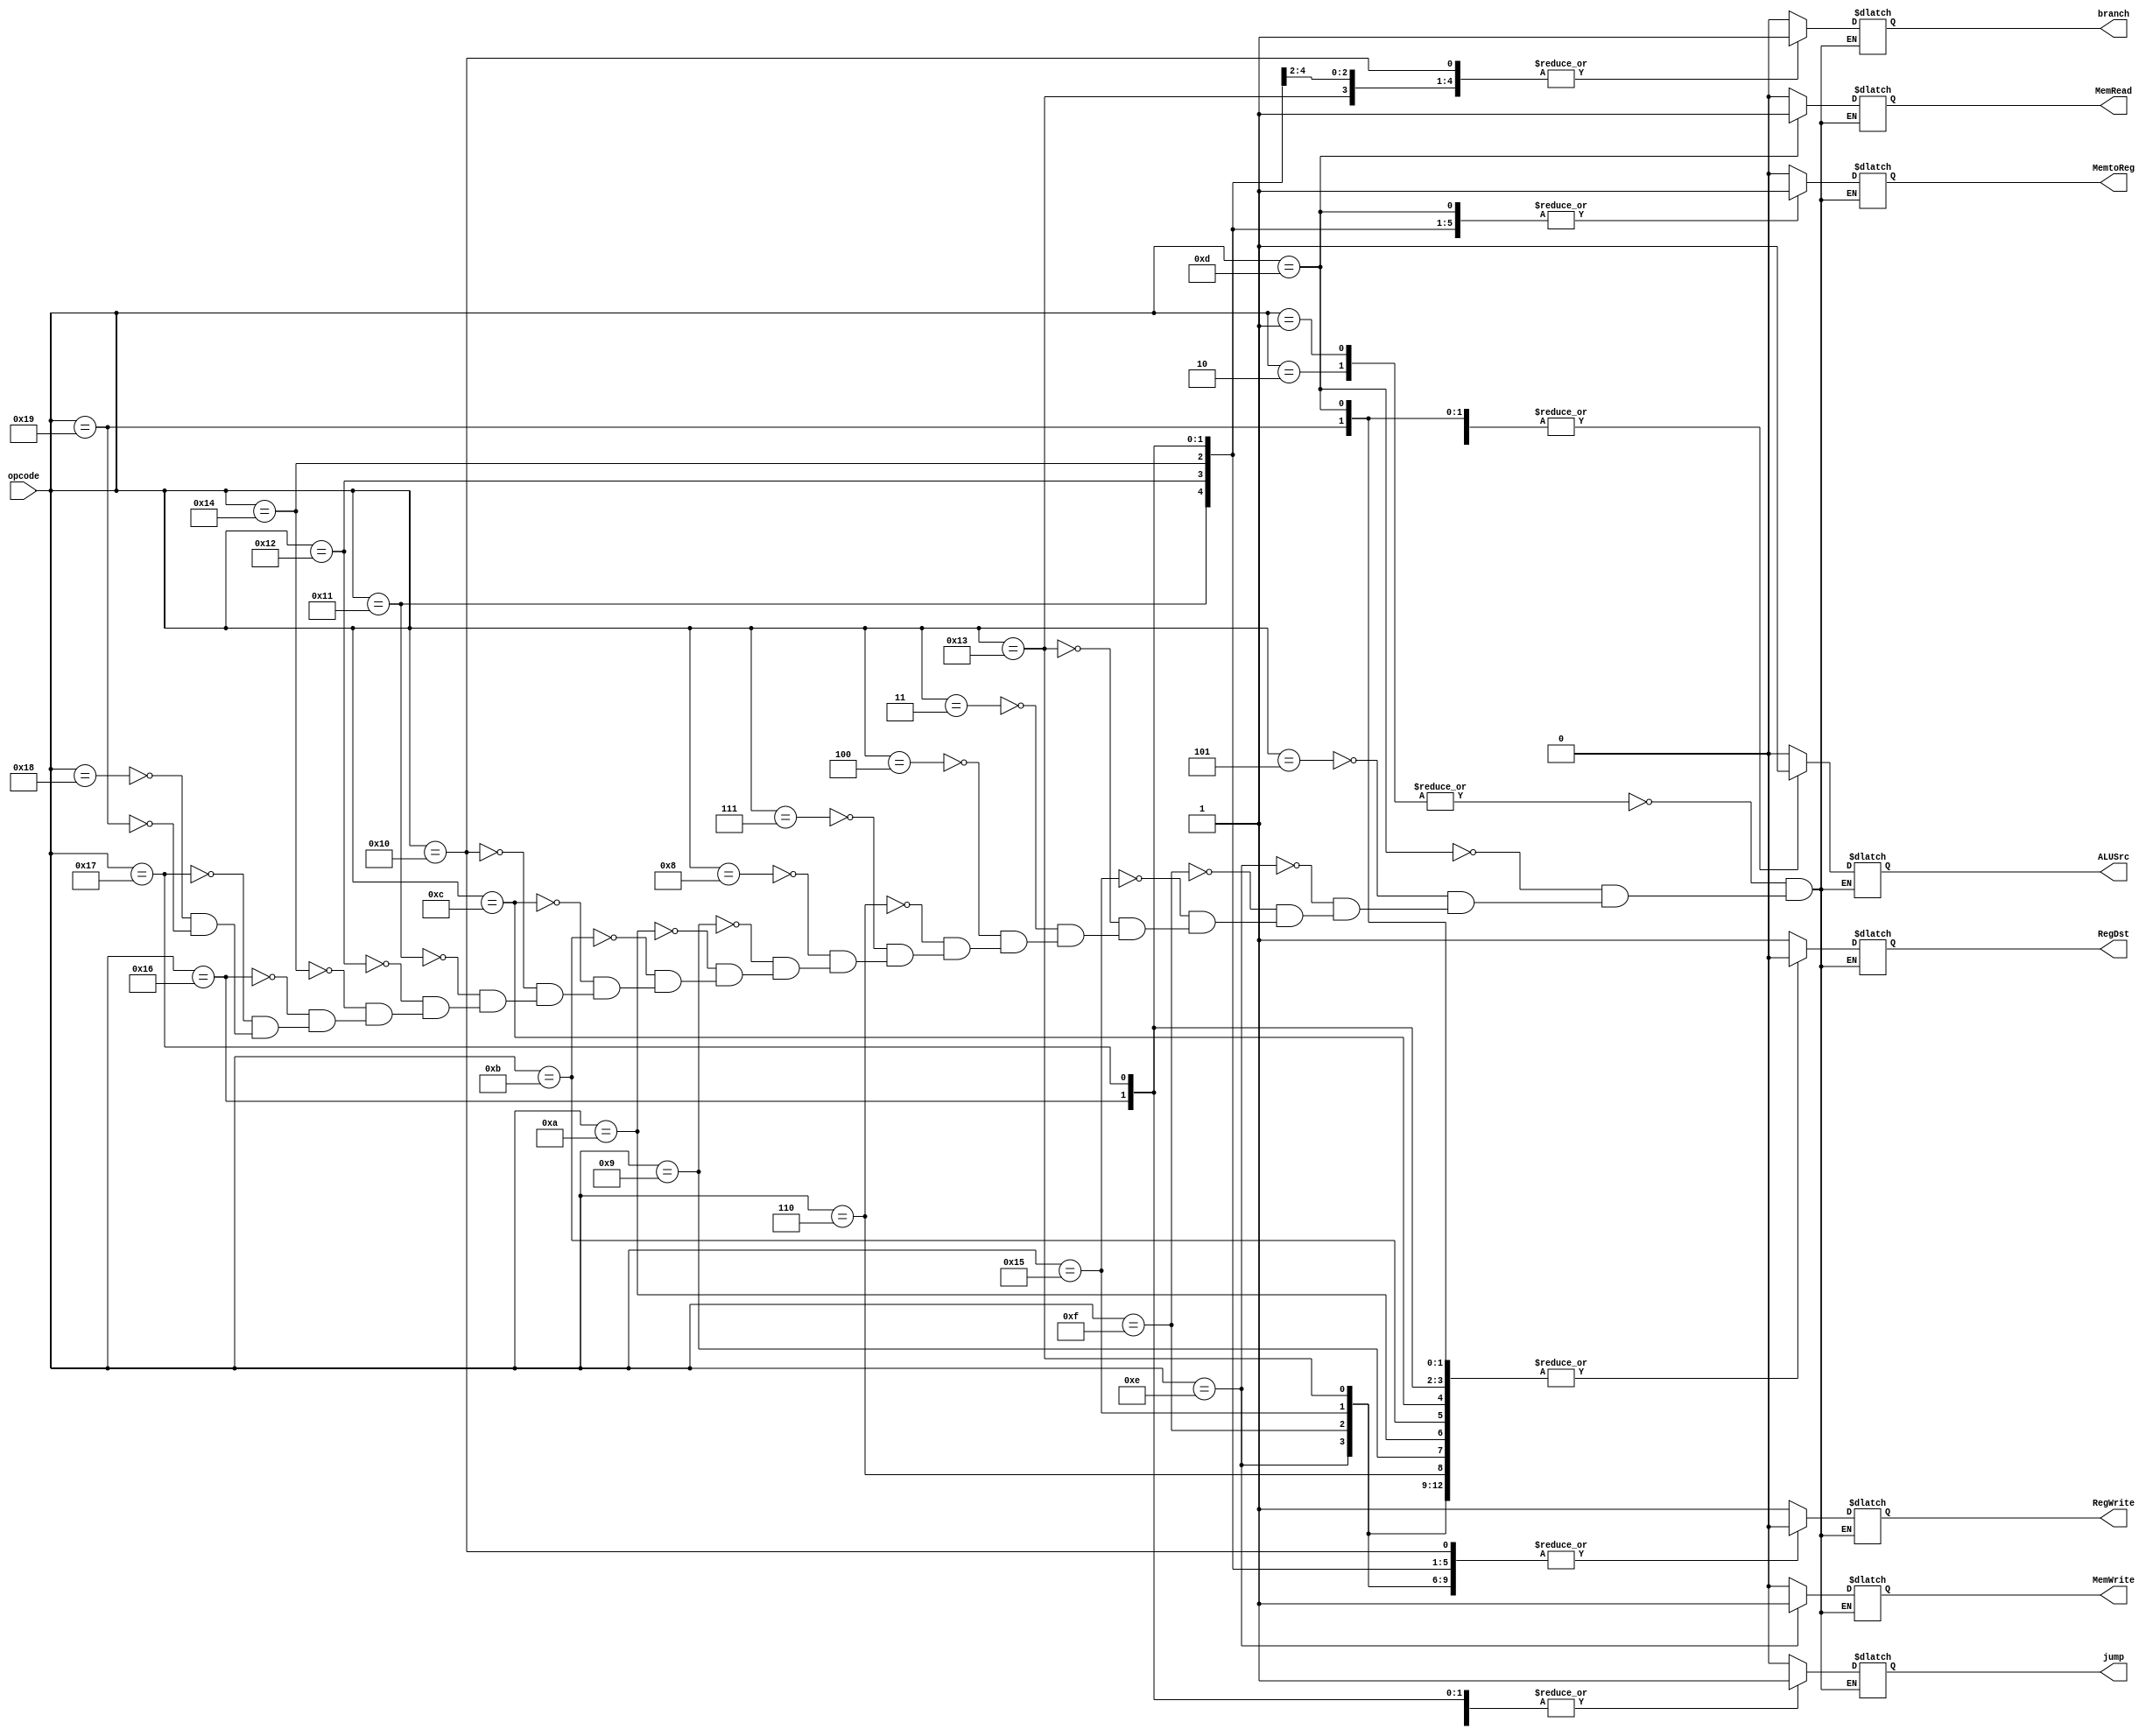
module control_unit (opcode,RegDst,jump,branch,MemRead,MemtoReg,MemWrite,ALUSrc,RegWrite);
    input [5:0] opcode;
    output reg RegDst,jump,branch,MemRead,MemtoReg,MemWrite,ALUSrc,RegWrite;
    
    always @(opcode)begin
  case(opcode)
  6'd1,6'd2:begin       //add and sub
    RegDst<=1'b1;
    jump<=1'b0;
    branch<=1'b0;
    MemRead<=1'b0;
    MemtoReg<=1'b0;
    MemWrite<=1'b0;
    ALUSrc<=1'b0;
    RegWrite<=1'b1;

  end
  6'd13:begin            // load word
    RegDst<=1'b0;
    jump<=1'b0;
    branch<=1'b0;
    MemRead<=1'b1;
    MemtoReg<=1'b1;
    MemWrite<=1'b0;
    ALUSrc<=1'b1;
    RegWrite<=1'b1;

  end 
  6'd5:begin            // addi
    RegDst<=1'b0;
    jump<=1'b0;
    branch<=1'b0;
    MemRead<=1'b0;
    MemtoReg<=1'b0;
    MemWrite<=1'b0;
    ALUSrc<=1'b1;
    RegWrite<=1'b1;

  end 
  6'd14:begin          // store word
    RegDst<=1'b0;
    jump<=1'b0;
    branch<=1'b0;
    MemRead<=1'b0;
    MemtoReg<=1'b0;
    MemWrite<=1'b1;
    ALUSrc<=1'b1;
    RegWrite<=1'b0;

  end 
  6'd15:begin          // branch equal
    RegDst<=1'b0;
    jump<=1'b0;
    branch<=1'b1;
    MemRead<=1'b0;
    MemtoReg<=1'b0;
    MemWrite<=1'b0;
    ALUSrc<=1'b0;
    RegWrite<=1'b0;

  end   
  6'd21:begin          // jump
    RegDst<=1'b0;
    jump<=1'b1;
    branch<=1'b0;
    MemRead<=1'b0;
    MemtoReg<=1'b0;
    MemWrite<=1'b0;
    ALUSrc<=1'b0;
    RegWrite<=1'b0;

  end 
  6'd19:begin          // branch less than
    RegDst<=1'b0;
    jump<=1'b0;
    branch<=1'b1;
    MemRead<=1'b0;
    MemtoReg<=1'b0;
    MemWrite<=1'b0;
    ALUSrc<=1'b0;
    RegWrite<=1'b0;

  end     
  6'd3 : begin
      RegDst<=1'b1;
      RegWrite<=1'b1;
      ALUSrc<=1'b0;
      MemRead<=1'b0;
      MemWrite<=1'b0;
      MemtoReg<=1'b0;
      branch<=1'b0;
      jump<=1'b0;
  end
  6'd4 : begin
      RegDst<=1'b1;
      RegWrite<=1'b1;
      ALUSrc<=1'b0;
      MemRead<=1'b0;
      MemWrite<=1'b0;
      MemtoReg<=1'b0;
      branch<=1'b0;
      jump<=1'b0;
  end

  6'd6 : begin
      RegDst<=1'b0;
      RegWrite<=1'b1;
      ALUSrc<=1'b0;
      MemRead<=1'b0;
      MemWrite<=1'b0;
      MemtoReg<=1'b0;
      branch<=1'b0;
      jump<=1'b0;
  end
  6'd7 : begin
      RegDst<=1'b1;
      RegWrite<=1'b1;
      ALUSrc<=1'b0;
      MemRead<=1'b0;
      MemWrite<=1'b0;
      MemtoReg<=1'b0;
      branch<=1'b0;
      jump<=1'b0;
  end
  6'd8 : begin
      RegDst<=1'b1;
      RegWrite<=1'b1;
      ALUSrc<=1'b0;
      MemRead<=1'b0;
      MemWrite<=1'b0;
      MemtoReg<=1'b0;
      branch<=1'b0;
      jump<=1'b0;
  end
  6'd9 : begin
      RegDst<=1'b0;
      RegWrite<=1'b1;
      ALUSrc<=1'b1;
      MemRead<=1'b0;
      MemWrite<=1'b0;
      MemtoReg<=1'b0;
      branch<=1'b0;
      jump<=1'b0;
  end
  6'd10 : begin
      RegDst<=1'b0;
      RegWrite<=1'b1;
      ALUSrc<=1'b1;
      MemRead<=1'b0;
      MemWrite<=1'b0;
      MemtoReg<=1'b0;
      branch<=1'b0;
      jump<=1'b0;
  end
  6'd11 : begin
      RegDst<=1'b0;
      RegWrite<=1'b1;
      ALUSrc<=1'b1;
      MemRead<=1'b0;
      MemWrite<=1'b0;
      MemtoReg<=1'b0;
      branch<=1'b0;
      jump<=1'b0;
  end
  6'd12 : begin
      RegDst<=1'b0;
      RegWrite<=1'b1;
      ALUSrc<=1'b1;
      MemRead<=1'b0;
      MemWrite<=1'b0;
      MemtoReg<=1'b0;
      branch<=1'b0;
      jump<=1'b0;
  end

  6'd16 : begin
      RegDst<=1'b1;
      RegWrite<=1'b0;
      ALUSrc<=1'b0;
      MemRead<=1'b0;
      MemWrite<=1'b0;
      MemtoReg<=1'b0;
      branch<=1'b1;
      jump<=1'b0;
  end
  6'd17 : begin
      RegDst<=1'b1;
      RegWrite<=1'b0;
      ALUSrc<=1'b0;
      MemRead<=1'b0;
      MemWrite<=1'b0;
      MemtoReg<=1'b1;
      branch<=1'b1;
      jump<=1'b0;
  end
  6'd18 : begin
      RegDst<=1'b1;
      RegWrite<=1'b0;
      ALUSrc<=1'b0;
      MemRead<=1'b0;
      MemWrite<=1'b0;
      MemtoReg<=1'b1;
      branch<=1'b1;
      jump<=1'b0;
  end
  
  6'd20 : begin
      RegDst<=1'b1;
      RegWrite<=1'b0;
      ALUSrc<=1'b0;
      MemRead<=1'b0;
      MemWrite<=1'b0;
      MemtoReg<=1'b1;
      branch<=1'b1;
      jump<=1'b0;
  end

  6'd22 : begin
      RegDst<=1'b0;
      RegWrite<=1'b0;
      ALUSrc<=1'b0;
      MemRead<=1'b0;
      MemWrite<=1'b0;
      MemtoReg<=1'b1;
      branch<=1'b0;
      jump<=1'b1;
  end
  6'd23 : begin
      RegDst<=1'b0;
      RegWrite<=1'b0;
      ALUSrc<=1'b0;
      MemRead<=1'b0;
      MemWrite<=1'b0;
      MemtoReg<=1'b1;
      branch<=1'b0;
      jump<=1'b1;
  end
  6'd24 : begin
      RegDst<=1'b1;
      RegWrite<=1'b1;
      ALUSrc<=1'b0;
      MemRead<=1'b0;
      MemWrite<=1'b0;
      MemtoReg<=1'b0;
      branch<=1'b0;
      jump<=1'b0;
  end
  6'd25 : begin
      RegDst<=1'b0;
      RegWrite<=1'b1;
      ALUSrc<=1'b1;
      MemRead<=1'b0;
      MemWrite<=1'b0;
      MemtoReg<=1'b0;
      branch<=1'b0;
      jump<=1'b0;
  end  

  
  endcase
end


endmodule